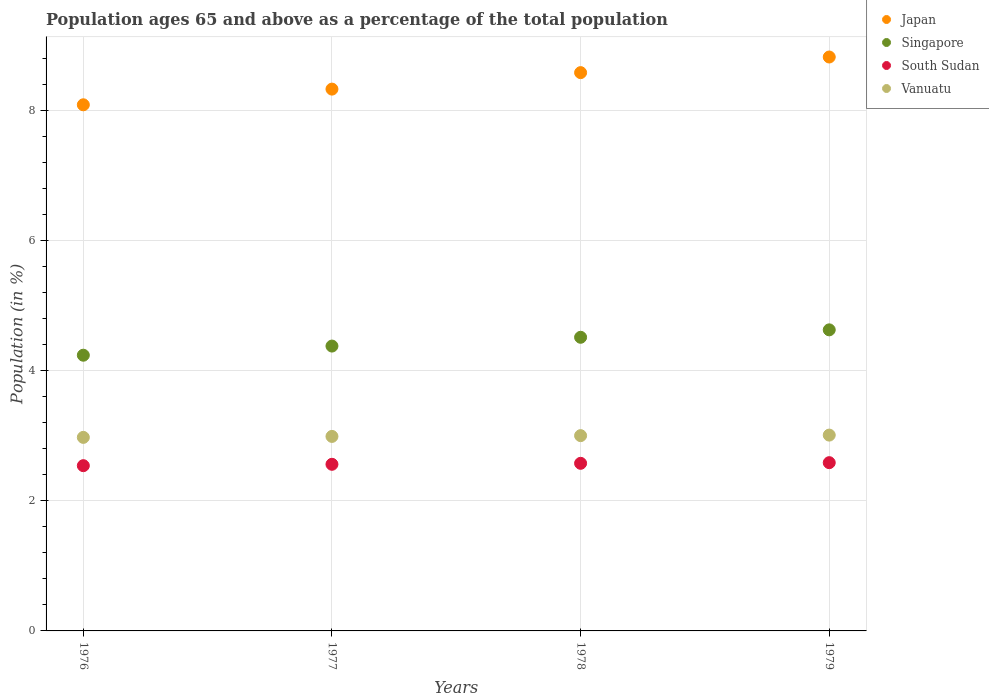
| Years | Japan | Singapore | South Sudan | Vanuatu |
 | --- | --- | --- | --- | --- |
 | 1976 | 8.1 | 4.24 | 2.54 | 2.98 |
 | 1977 | 8.34 | 4.38 | 2.56 | 2.99 |
 | 1978 | 8.59 | 4.52 | 2.58 | 3 |
 | 1979 | 8.83 | 4.63 | 2.59 | 3.01 |